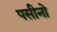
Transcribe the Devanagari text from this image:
पसीनो